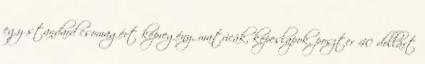
egy standard csomagért képregény, matricák, képeslapok, poszter 40 dollárt